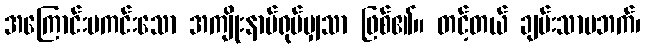
အကြောင်းမကင်းသော အကျိုးနာမ်ရုပ်မျှသာ ဖြစ်၏။ တင့်တယ် ချမ်းသာမဘက်၊